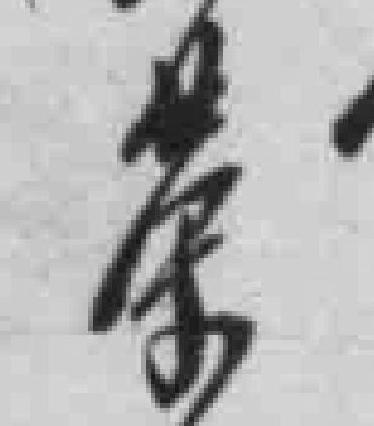
荣